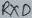
Text: RXD